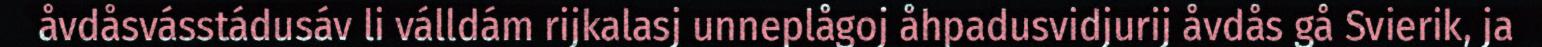
åvdåsvásstádusáv li válldám rijkalasj unneplågoj åhpadusvidjurij åvdås gå Svierik, ja